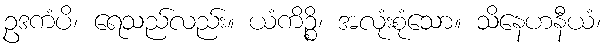
ဥဒကံပိ၊ ရေသည်လည်း။ ယံကိဉ္စိ၊ အလုံးစုံသော။ သိနေဟနီယံ၊